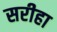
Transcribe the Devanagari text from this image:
सरीहा